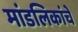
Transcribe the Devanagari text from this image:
मांडलिकांचे